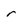
Character: r